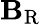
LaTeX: \mathbf{B}_{\mathrm{{R}}}